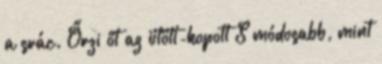
a srác. Őrzi őt az ütött-kopott S módosabb, mint